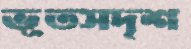
ভূতসদৃশ